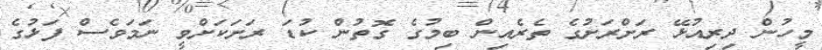
މީހުން ދިރިއުޅޭ ރަށްރަށުގެ ތެރެއިން ބިމުގެ ގޮތުން ކުޑަ ރަށަކަށްވީ ނަމަވެސް ފަޅުގެ